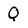
Character: Q